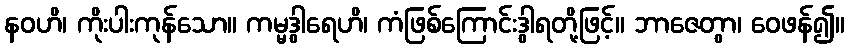
နဝဟိ၊ ကိုးပါးကုန်သော။ ကမ္မဒွါရေဟိ၊ ကံဖြစ်ကြောင်းဒွါရတို့ဖြင့်။ ဘာဇေတွာ၊ ဝေဖန်၍။